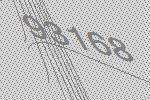
93168